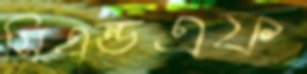
সিএন্ডএফ